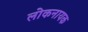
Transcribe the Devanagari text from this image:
लोकनायक